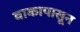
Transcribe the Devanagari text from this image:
वाकापासून